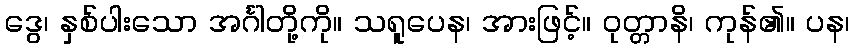
ဒွေ၊ နှစ်ပါးသော အင်္ဂါတို့ကို။ သရူပေန၊ အားဖြင့်။ ဝုတ္တာနိ၊ ကုန်၏။ ပန၊